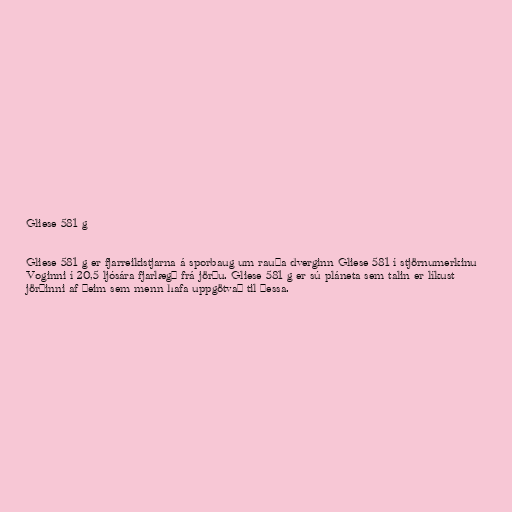
Gliese 581 g

Gliese 581 g er fjarreikistjarna á sporbaug um rauða dverginn Gliese 581 í stjörnumerkinu
Voginni í 20,5 ljósára fjarlægð frá jörðu. Gliese 581 g er sú pláneta sem talin er líkust
jörðinni af þeim sem menn hafa uppgötvað til þessa.